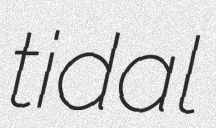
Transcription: tidal